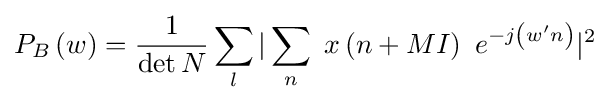
P_{B}\left(w\right)={\frac {1}{\mathrm {det} \,N}}\sum _{l}|\sum _{n}\ x\left(n+MI\right)\ e^{-j\left(w'n\right)}|^{2}